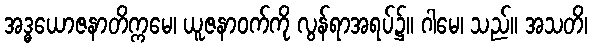
အဒ္ဓယောဇနာတိက္ကမေ၊ ယူဇနာဝက်ကို လွန်ရာအရပ်၌။ ဂါမေ၊ သည်။ အသတိ၊